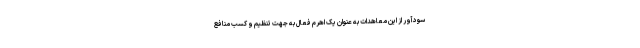
سودآور از این معاهدات به عنوان یک اهرم فعال به جهت تنظیم و کسب منافع